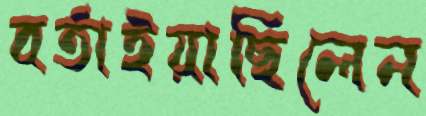
বর্তাইয়াছিলেন